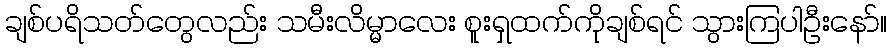
ချစ်ပရိသတ်တွေလည်း သမီးလိမ္မာလေး စူးရှထက်ကိုချစ်ရင် သွားကြပါဦးနော်။